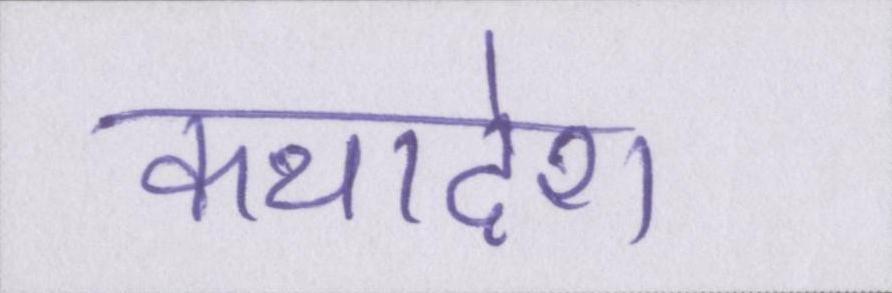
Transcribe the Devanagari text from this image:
कथादेश